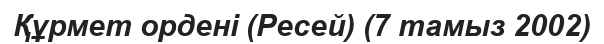
Құрмет ордені (Ресей) (7 тамыз 2002)